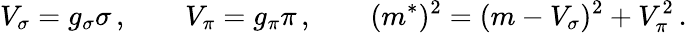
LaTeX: V_{\sigma}=g_{\sigma}\sigma\, ,\qquad V_{\pi}=g_{\pi}\pi\, ,\qquad(m^{*})^{2}=(m-V_{\sigma})^{2}+V_{\pi}^{2}\, .